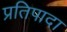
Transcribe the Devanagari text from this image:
प्रतिपादा